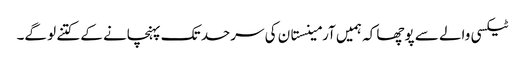
ٹیکسی والے سے پوچھا کہ ہمیں آرمینستان کی سرحد تک پہنچانے کے کتنے لو گے۔